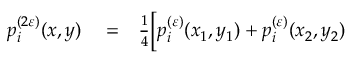
\begin{array} { r l r } { p _ { i } ^ { ( 2 \varepsilon ) } ( x , y ) } & { { } = } & { \frac { 1 } { 4 } \Bigl [ p _ { i } ^ { ( \varepsilon ) } ( x _ { 1 } , y _ { 1 } ) + p _ { i } ^ { ( \varepsilon ) } ( x _ { 2 } , y _ { 2 } ) } \end{array}